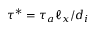
\tau ^ { * } = \tau _ { a } \ell _ { x } / d _ { i }